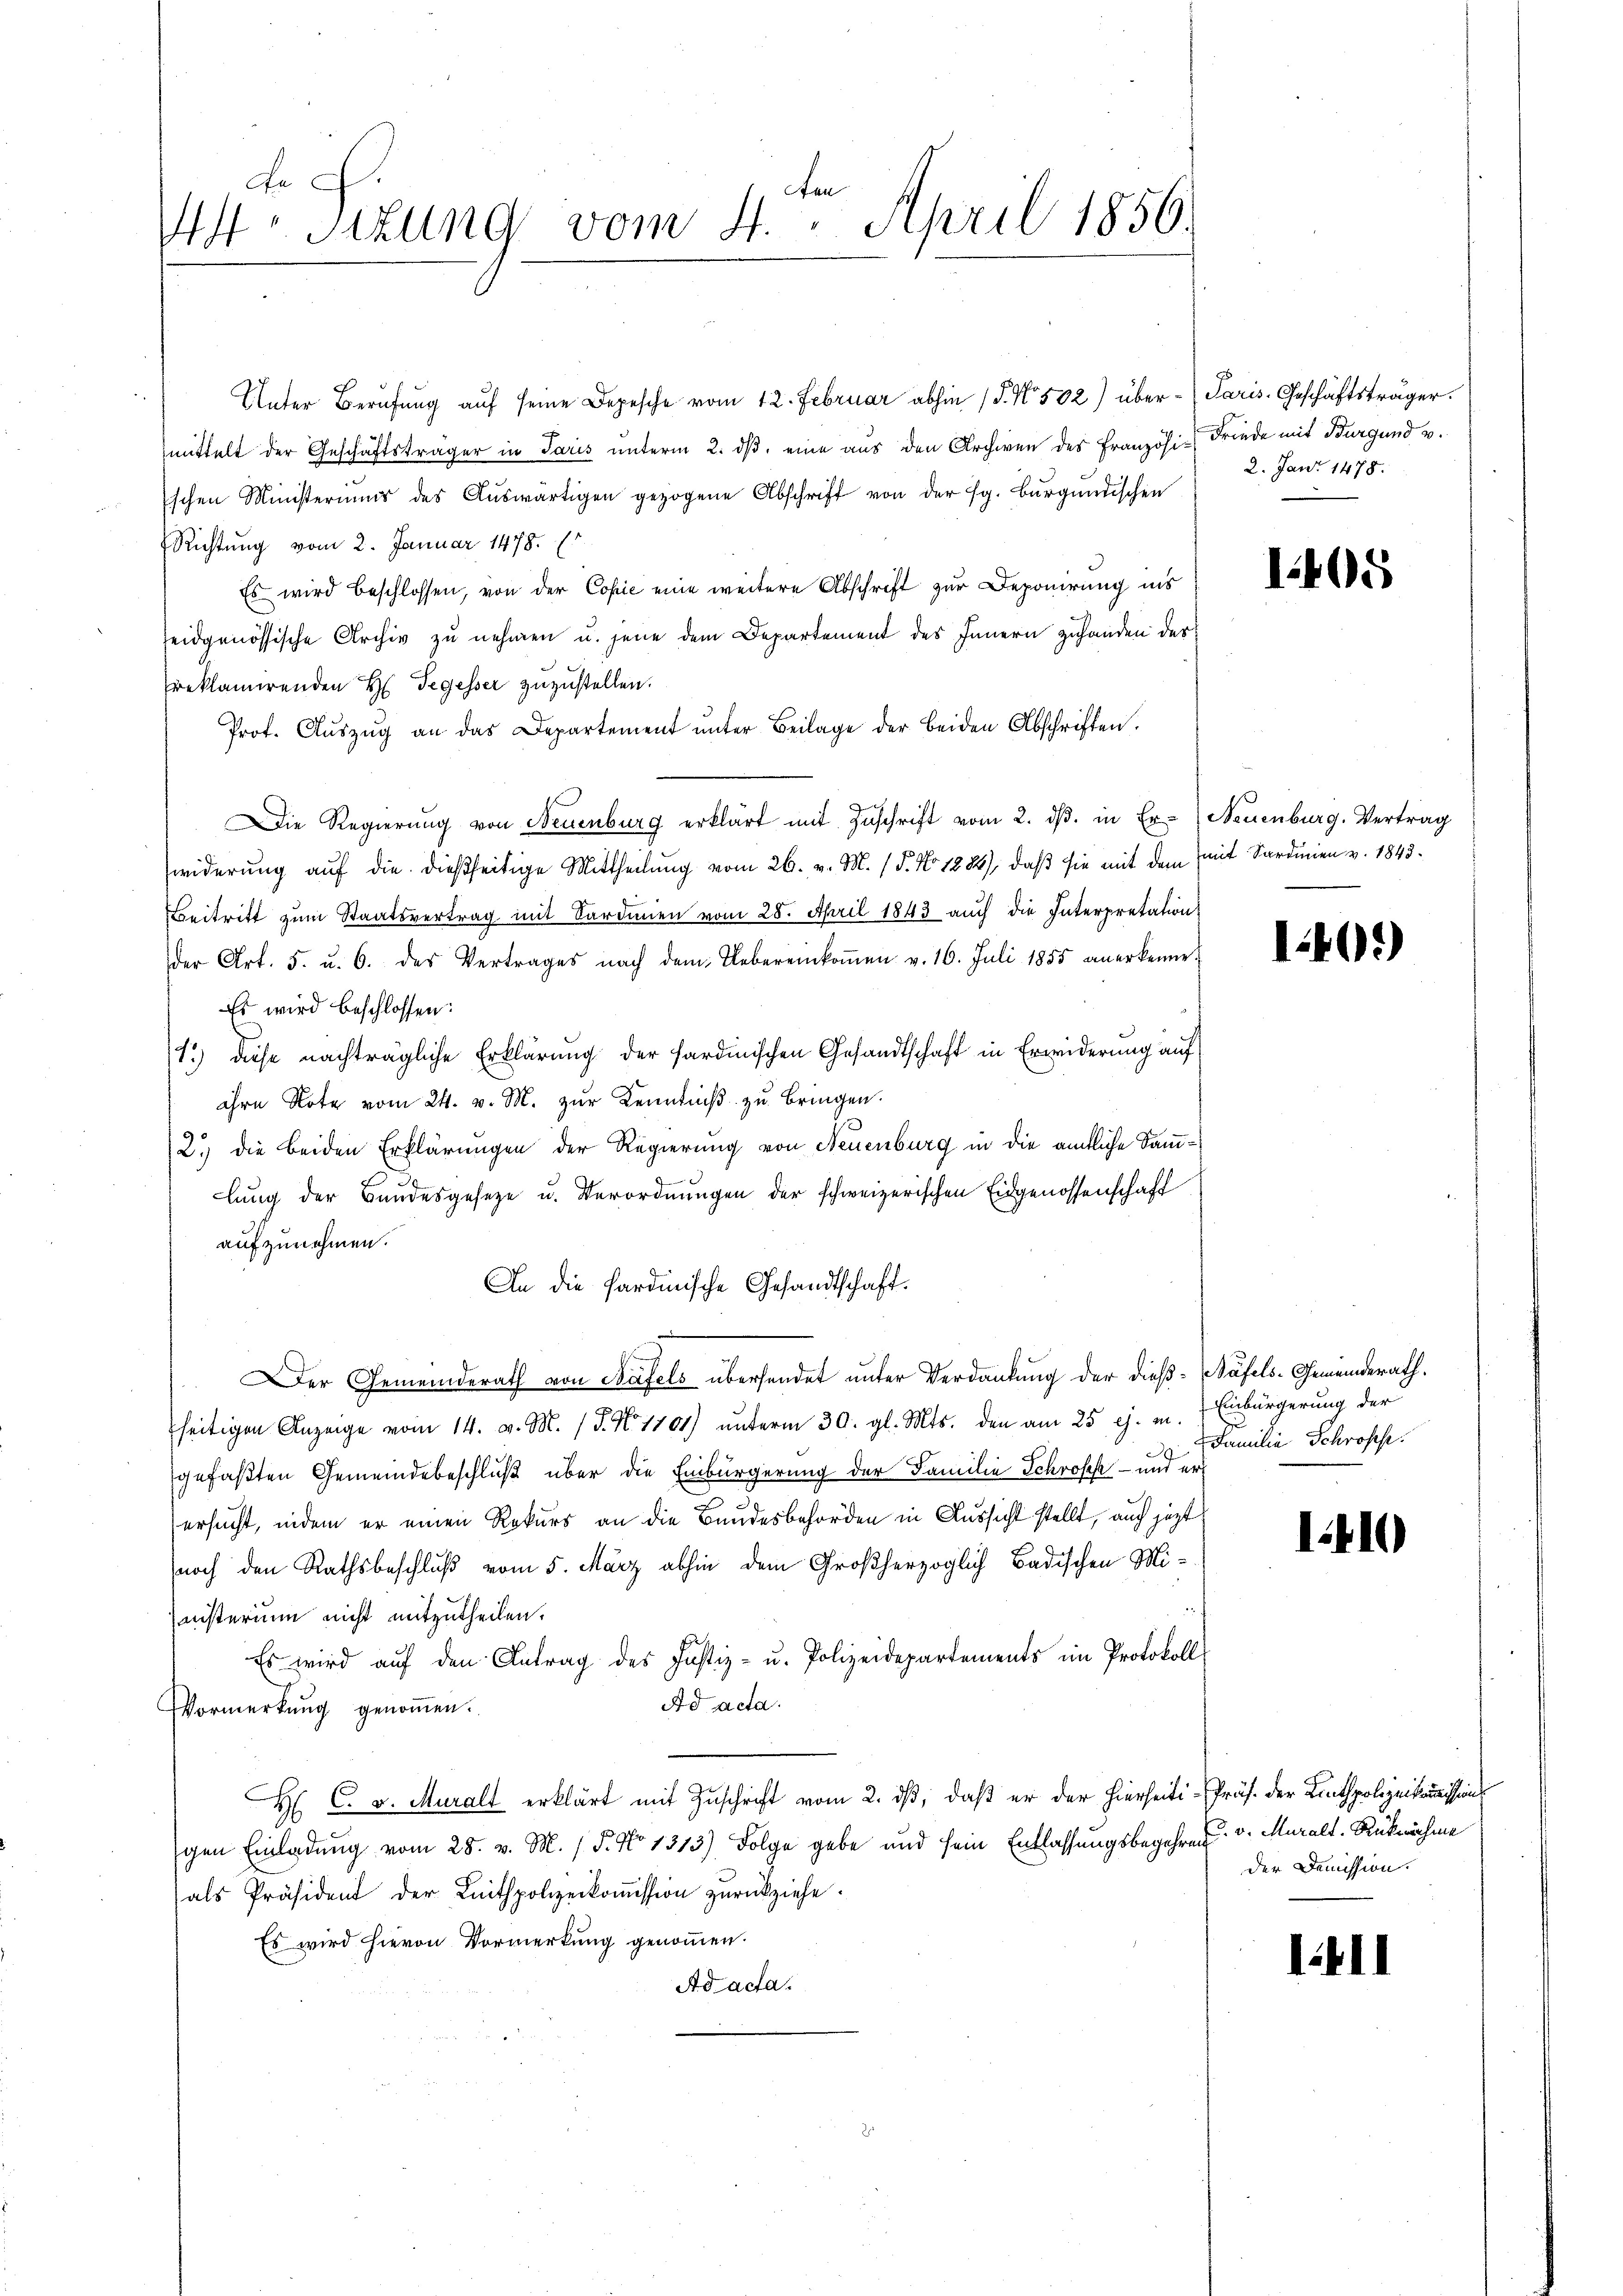
Unter Berufung aŭf seine Depesche vom 12. Februar abhin (S. Nr. 502) über- (Paris. Geschäftsträger.
mittelt der Geschäftsträger in Paris unterm 2. ds. eine aus den Archiven des Französi-Friede mit Burgund u.
schen Ministeriums des Aŭswärtigen gezogene Abschrift von der fg. Burgundischen
Richtung vom 2. Januar 1478.
Es wird beschlossen, von der Copie eine weitere Abschrift zur Deponirung ins
eidgenössische Archiv zu nehmen u. jene dem Departement des Innern zuhanden der
reklamirenden H. Segesser zuzustellen.
Prof. Aŭszŭg an das Departement ŭnter Beilage der beiden Abschriften.
Die Regierŭng von Neuenburg erklärt mit Zŭschrift vom 2. dβ. in Er- Neuenburg. Vertrag
widerung auf die dießseitige Mittheilung vom 26. v. M. (T. No 1284), daß sie mit dem mit Sardinien v. 1848.
Beitritt zum Staatsvertrag mit Sardinien vom 28. April 1843 auch die Interpretation
der Art. 5. u. 6. des Vertrages nach dem Uebereinkoṁen v. 16. Juli 1855 anerkenne.
Es wird beschlossen:
13) diese nachträgliche Erklärung der sardinischen Gesandtschaft in Erwiderung auf
ihre Note vom 24. v. M. zur Kenntniß zu bringen.
2.) die beiden Erklärungen der Regierung von Neuenburg in die ämtliche Sammlung der Bandesgesetze u. Verordnungen der schweizerischen Eidgenossenschaft
aufzunehmen.
An die Sardinische Gesandtschaft.
Der Gemeinderath von Bafels übersendet unter Verdankung der dieß-Bäfels-Gemeinderath.
seitigen Anzeige vom 14. v. M. (T. No 1104) unterm 30. gl. Mts. den am 25. ej. m. Einbürgerung der
.
gefaßten Gemeindebeschluß über die Einbürgerung der Familie Schroffe - und er
ersucht, indem er einen Rekurs an die Bandesbehörden in Aussicht stellt, auch jezt
noch den Rathsbeschluß vom 5. März abhin dem Großherzoglich-Badischen Ministerium nicht mitzutheilen.
Es wird aŭf den Antrag des Justiz- u. Polizeidepartements im Protokoll
Ad acta.
Vormerkŭng genoṁen.
H: C. v. Muralt erklärt mit Zuschrift vom 2. dß, daß er der hierseiti-Präs. der Linthpolizeikommissions
gen Einladung vom 28. v. M. (T. No 1313) Folge gebe und sein Entlassungsbegehre, u. v. Muralt. Rücknahme
als Präsident der Knitspolizeikoṁission zŭrückziehe.
Es wird hievon Vormerkung genommen.
Ad acta.

3
An
Atr. Sizung vom 4. April 1856.

2. Jan. 1478.

1405

1401)

Familie Schroffe

1.410

der Demission.

1411